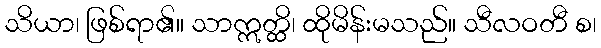
သိယာ၊ ဖြစ်ရာ၏။ သာဣတ္ထိ၊ ထိုမိန်းမသည်။ သီလဝတီ စ၊